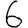
Digit: 6